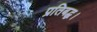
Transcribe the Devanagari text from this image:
प्रतिबद्ध।